Report on vaccination in Madras 1904-1921 - 1904-1921
Year: 1904
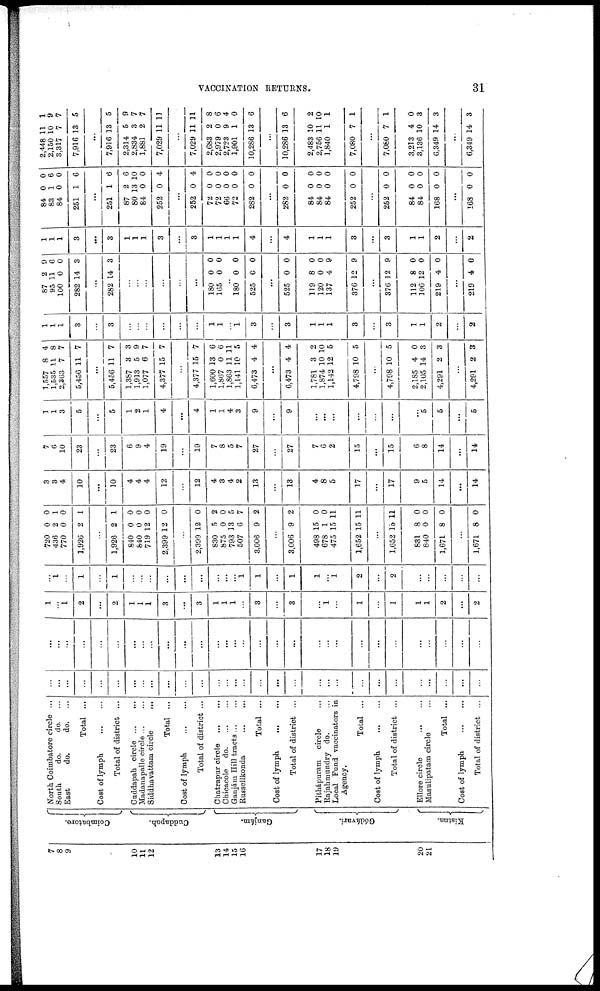
VACCINATION RETURNS.
31
7
8
9
10
11
12
13
14
15
16
17
18
19
20
21
Coimbatore.
Cuddapah.
Ganjám.
Gódávari.
Kistna.
North Coimbatore circle ...
South
do.
do. ...
East
do.
do. ...
Total ...
Cost of lymph...
...
Total of district ...
Cuddapah
circle... ...
Madanapalle circle ...
Siddhavattam
circle...
Total ...
Cost of
lymph...
...
Total of district ...
Chatrapur circle...
Chicacole d
o
. ...
Ganjám Hill tracts... ...
Russellkonda...
Total ...
Cost of
lymph...
...
Total of district ...
Pithápuram circle...
Bajahmundry do. ...
Local Fund vaccinators in
Agency.
Total ...
Cost of
lymph...
...
Total of district ...
Ellore
circle...
...
Masulipatam circle... ...
Total ...
Cost of
lymph...
...
Total of district ...
...
...
...
...
...
...
...
...
...
...
...
...
...
...
...
...
...
...
...
...
...
...
...
...
...
...
...
...
...
...
...
...
...
...
...
...
...
...
...
...
...
...
...
...
...
...
...
...
...
...
...
...
...
...
...
...
...
...
...
...
1
...
1
2
...
2
1
1
1
3
...
3
1
1
1
...
3
...
3
...
1
...
1
...
1
1
1
2
...
2
...
1
...
1
...
1
...
...
...
...
...
...
...
...
...
1
1
...
1
1
...
1
2
...
2
...
...
...
...
...
720
436
770
1,926
0
2
0
2
0
1
0
1
...
1,926
840
840
719
2,399
2
0
0
12
12
1
0
0
0
0
...
2,399
830
875
793
507
3,006
12
5
0
13
6
9
0
2
0
5
7
2
...
3,006
498
678
475
1,652
9
15
1
15
15
2
0
0
11
11
...
1,652
831
840
1,671
15
8
0
8
11
0
0
0
...
1,671 8 0
3
3
4
10
...
10
4
4
4
12
...
12
4
3
4
2
13
...
13
4
8
5
17
...
17
9
5
14
...
14
7
6
10
23
...
23
6
9
4
19
...
19
7
8
5
7
27
...
27
7
6
2
15
...
15
6
8
14
...
14
1
1
3
5
...
5
1
2
1
4
...
4
1
1
4
3
9
...
9
...
...
...
...
...
...
...
5
5
...
5
1,557
1,535
2,363
5,456
8
11
7
11
4
8
7
7
...
5,456
1,387
1,913
1,077
4,377
11
3
5
6
15
7
3
9
7
7
...
4,377
1,600
1,867
1,863
1,141
6,473
15
13
0
11
10
4
7
6
6
11
5
4
...
6,473
1,781
1,874
1,142
4,798
4
3
10
12
10
4
2
10
5
5
...
4,798
2,185
2,105
4,291
10
4
14
2
5
0
3
3
...
4,291 2 3
1
1
1
3
...
3
...
...
...
...
...
...
1
1
...
1
3
...
3
1
1
1
3
...
3
1
1
2
...
2
87
95
100
282
2
11
0
14
9
6
0
3
...
282 14 3
...
...
...
...
...
...
180
165
0
0
0
0
...
180
525
0
0
0
0
...
525
119
120
137
376
0
8
0
4
12
0
0
0
9
9
...
376
112
106
219
12
8
12
4
9
0
0
0
...
219 4 0
1
1
1
3
...
3
1
1
1
3
...
3
1
1
1
1
4
...
4
1
1
1
3
...
3
1
1
2
...
2
84
83
84
251
0
1
0
1
0
6
0
6
...
251
87
80
84
252
1
2
13
0
0
6
6
10
0
4
...
252
72
72
66
72
282
0
0
0
0
0
0
4
0
0
0
0
0
...
282
84
84
84
252
0
0
0
0
0
0
0
0
0
0
...
252
84
84
168
0
0
0
0
0
0
0
0
...
168 0 0
2,448
2,150
3,317
7,916
11
10
7
13
1
9
7
5
...
7,916
2,314
2,834
1,881
7,029
13
5
3
2
11
5
9
7
7
11
...
7,029
2,683
2,979
2,723
1,901
10,286
11
2
0
9
1
13
11
8
6
4
0
6
...
10,286
2,483
2,756
1,840
7,080
13
10
11
1
7
6
2
10
1
1
...
7,080
3,213
3,136
6,349
7
4
10
14
1
0
3
3
...
6,349 14 3